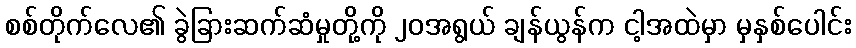
စစ်တိုက်လေ၏ ခွဲခြားဆက်ဆံမှုတို့ကို ၂၀အရွယ် ချန်ယွန်က ငါ့အထဲမှာ မှနှစ်ပေါင်း